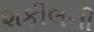
શકીલની